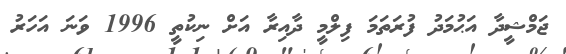
ޖަމްޝީދާ އަޙުމަދު ފުރަތަމަ ފިލްމީ ދާއިރާ އަށް ނިކުތީ 1996 ވަނަ އަހަރު